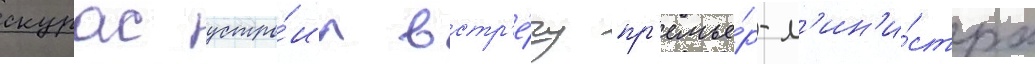
скурас устро́ил встр'е́чу пр'емье́р-м'ин'и́стра